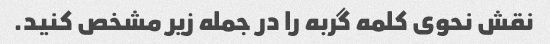
نقش نحوی کلمه گربه را در جمله زیر مشخص کنید.